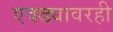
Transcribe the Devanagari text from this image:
एवढ्यावरही